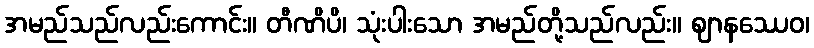
အမည်သည်လည်းကောင်း။ တီဏိပိ၊ သုံးပါးသော အမည်တို့သည်လည်း။ ဈာနဿေဝ၊